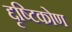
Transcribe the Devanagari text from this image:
द्दृष्टिकोण